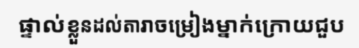
ផ្ទាល់ខ្លួនដល់តារាចម្រៀងម្នាក់ក្រោយជួប